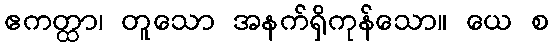
ဧကတ္ထာ၊ တူသော အနက်ရှိကုန်သော။ ယေ စ